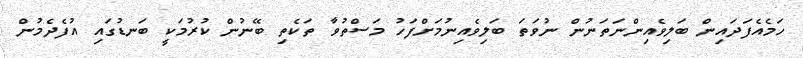
ހަމެއެފަދައިން ބަލިވެއިންނަތަނުން ނުވަތަ ބަލިވެއިނުމަށްފަހު މަސްތުވާ ތަކެތި ބޭނުން ކުރުމަކީ ބަނޑުގައި އުފެދެމުން